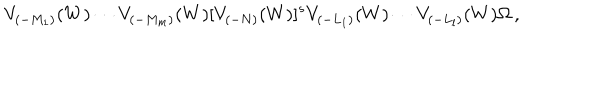
LaTeX: V _ { ( - M _ { 1 } ) } ( W ) \cdots V _ { ( - M _ { m } ) } ( W ) [ V _ { ( - N ) } ( W ) ] ^ { s } V _ { ( - L _ { 1 } ) } ( W ) \cdots V _ { ( - L _ { l } ) } ( W ) \Omega \, ,